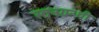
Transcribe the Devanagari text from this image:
स्तनग्रन्थी